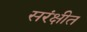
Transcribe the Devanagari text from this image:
सरंक्षीत